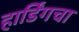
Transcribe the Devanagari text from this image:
हार्डिंगचा